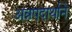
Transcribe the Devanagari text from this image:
अन्नपदार्थाने